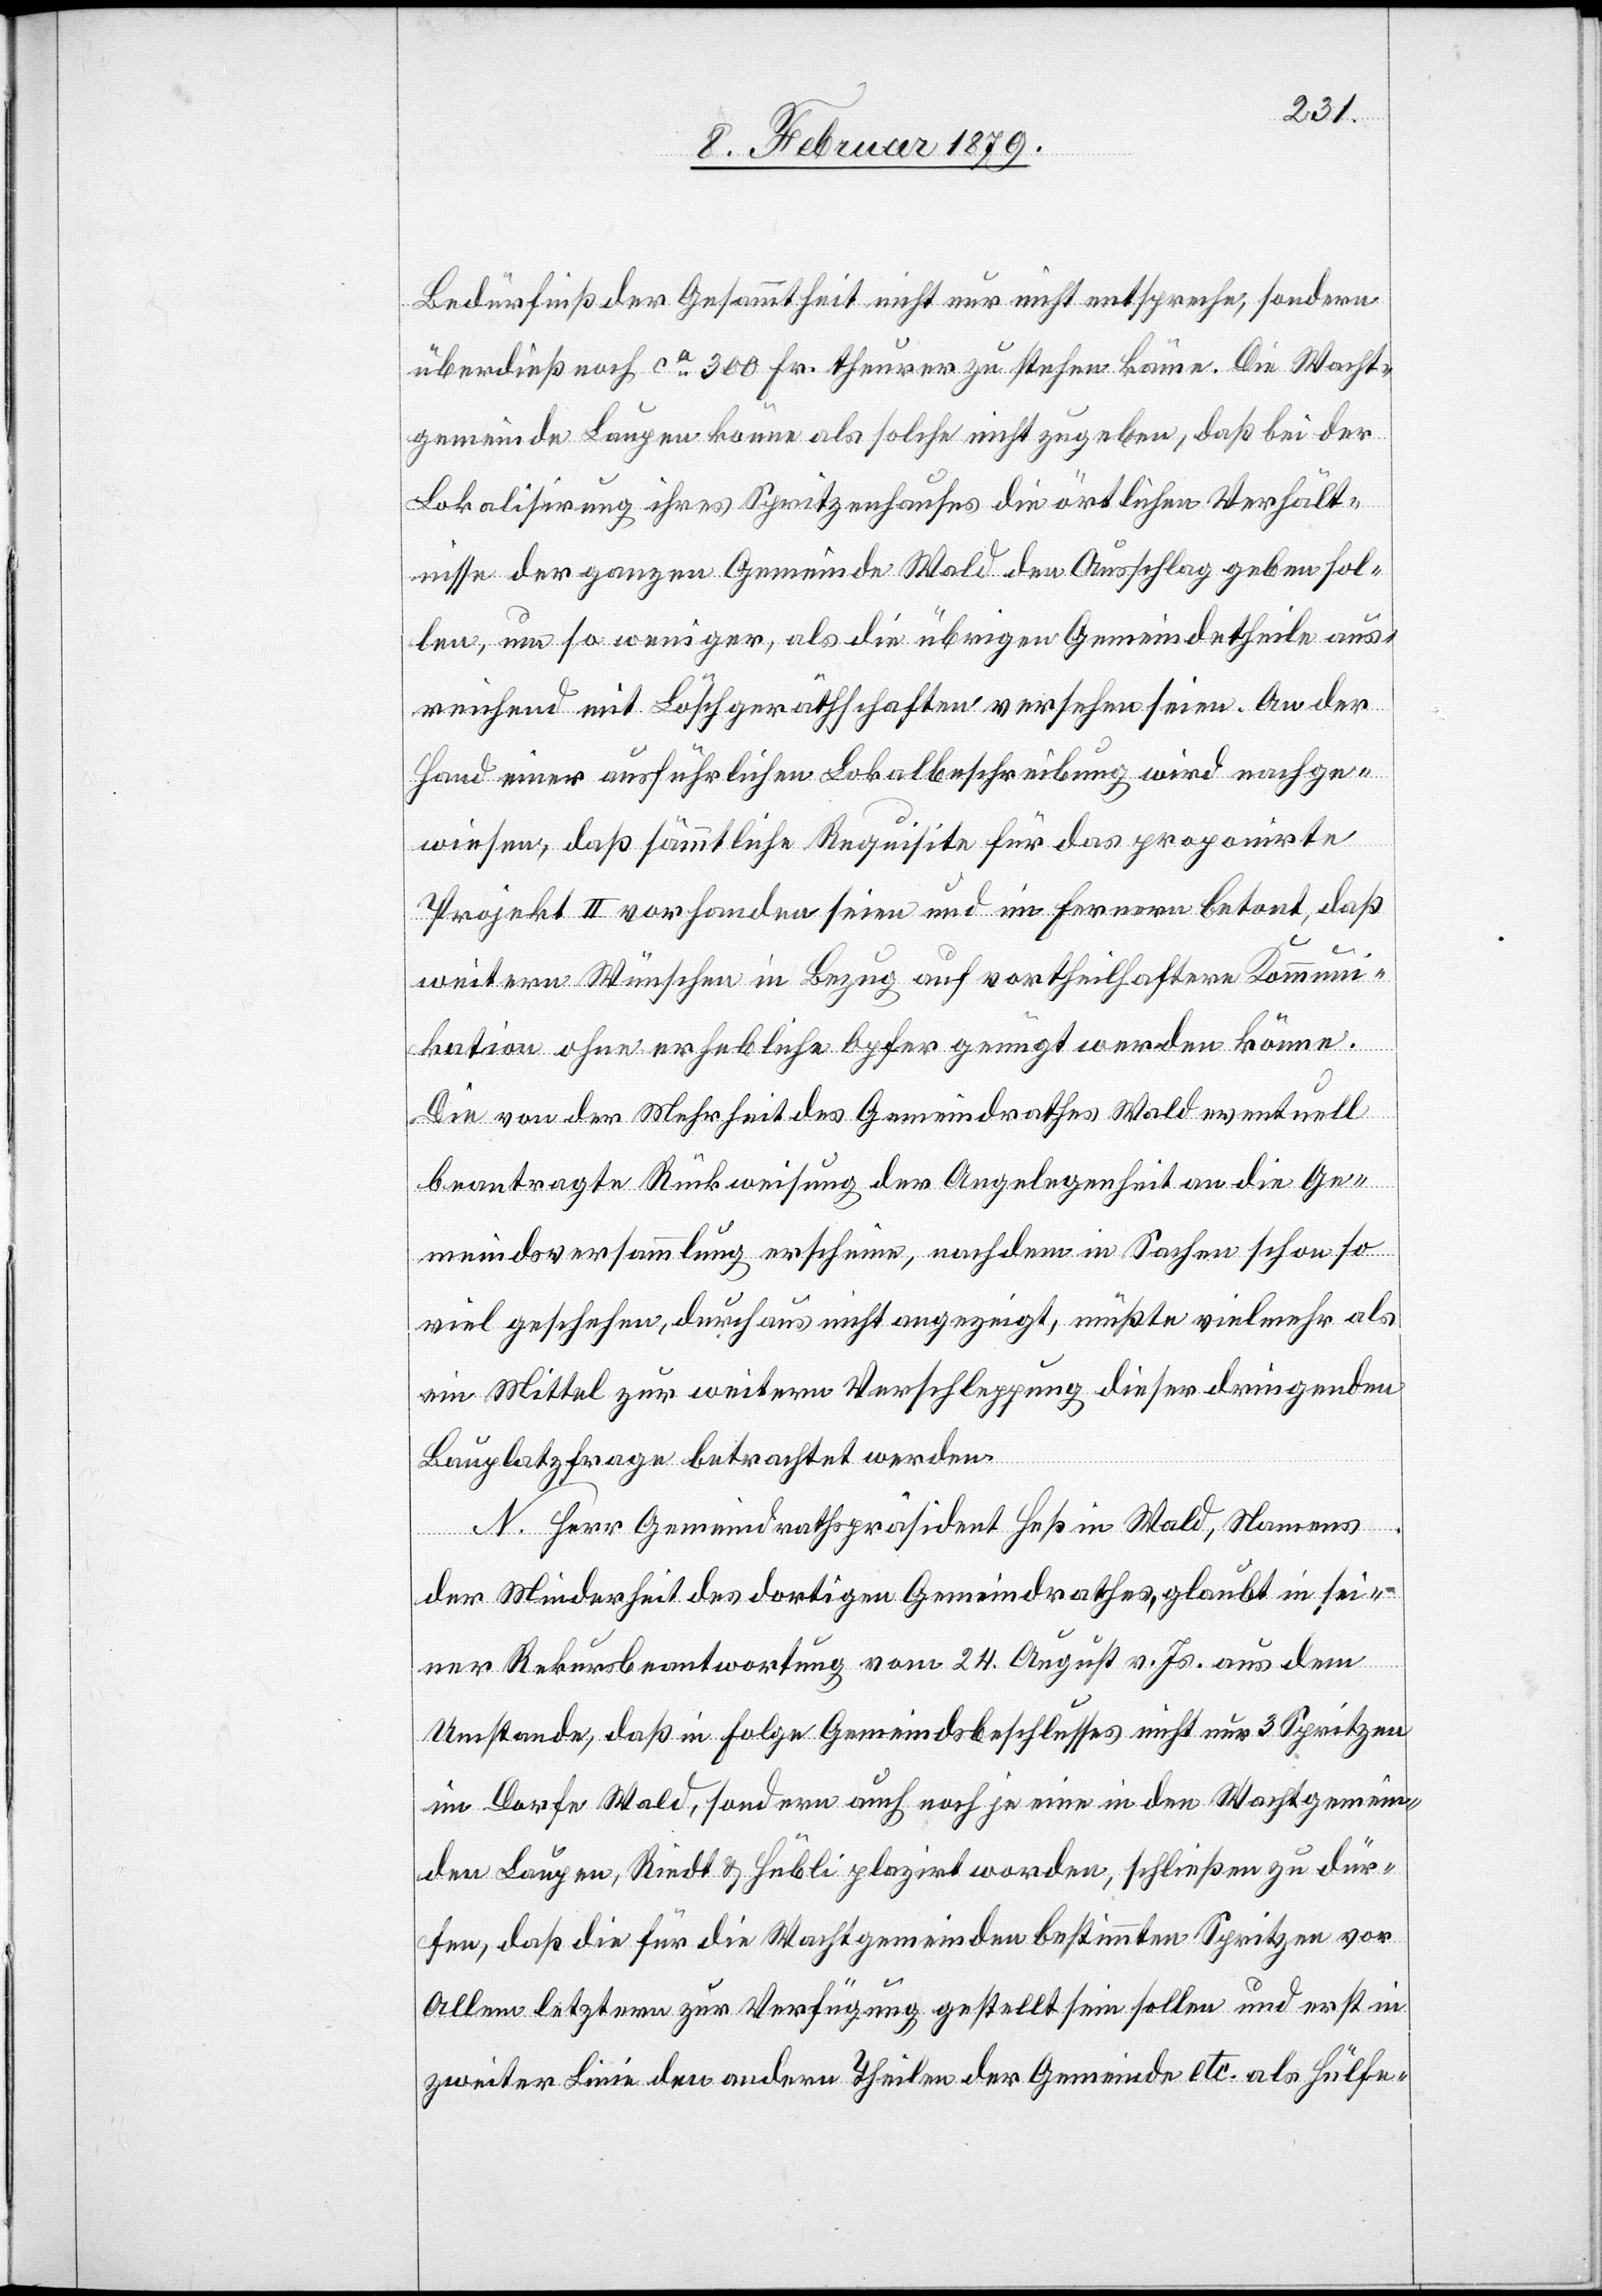
Bedürfniß der Gesammtheit nicht nur nicht entspreche, sondern
überdieß ca 300 Fr. theurer zu stehen käme. Die Wacht¬
gemeinde Laupen könne als solche nicht zugeben, daß bei der
Lokalisirung ihres Spritzenhauses die örtlichen Verhält¬
nisse der ganzen Gemeinde Wald den Ausschlag geben sol¬
len, um so weniger, als die übrigen Gemeindetheile aus¬
reichend mit Löschgeräthschaften versehen seien. An der
Hand einer ausführlichen Lokalbeschreibung wird nachge¬
wiesen, daß sämmtliche Requisite für das proponirte
Projekt II vorhanden seien und im fernern betont, daß
weitern Wünschen in Bezug auf vortheilhaftere Kommuni¬
kation ohne erhebliche Opfer genügt werden könne.
Die von der Mehrheit des Gemeindrathes Wald eventuell
beantragte Rückweisung der Angelegenheit an die Ge¬
meindsversammlung erscheine, nachdem in Sachen schon so
viel geschehen, durchaus nicht angezeigt, müßte vielmehr als
ein Mittel zur weitern Verschleppung dieser dringenden
Bauplatzfrage betrachtet werden.
N. Herr Gemeindrathspräsident Heß in Wald, Namens
der Minderheit des dortigen Gemeindrathes, glaubt in sei¬
ner Rekursalbeantwortung vom 24. August v. Js. aus dem
Umstande, daß in Folge Gemeindsbeschlusses nicht nur 3 Spritzen
im Dorfe Wald, sondern auch noch je eine in den Wachtgemein¬
den Laupen, Riedt & Hübli plazirt worden, schließen zu dür¬
fen, daß die für die Wachtgemeinden bestimmten Spritzen vor
Allem letztern zur Verfügung gestellt sein sollen und erst in
zweiter Linie den andern Theilen der Gemeinde etc. als Hülfe-